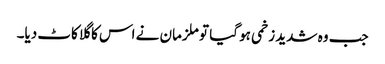
جب وہ شدید زخمی ہو گیا تو ملزمان نے اس کا گلا کاٹ دیا۔